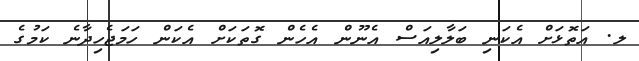
ލ. އަތޮޅަށް އެކަނި ބަލާލިއަސް އެނޫން އެހެން ގޮތަކަށް އެކަން ހަމަޖެހިދާނެ ކަމުގެ